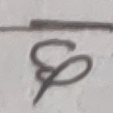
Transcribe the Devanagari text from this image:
छ